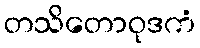
တသိတောဝုဒကံ